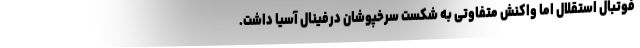
فوتبال استقلال اما واکنش متفاوتی به شکست سرخپوشان درفینال آسیا داشت.